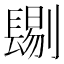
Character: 𨲞